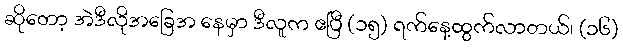
ဆိုတော့ အဲဒီလိုအခြေအ နေမှာ ဒီလူက ဧပြီ (၁၅) ရက်နေ့ထွက်လာတယ်၊ (၁၆)